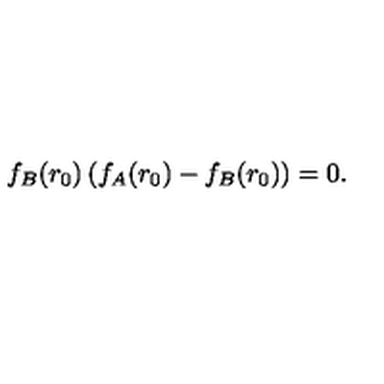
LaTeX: f _ { B } ( r _ { 0 } ) \left( f _ { A } ( r _ { 0 } ) - f _ { B } ( r _ { 0 } ) \right) = 0 .